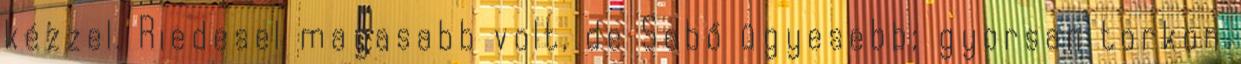
kézzel. Riedesel magasabb volt, de Sebő ügyesebb; gyorsan torkon